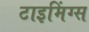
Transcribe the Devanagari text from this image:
टाइमिंग्स